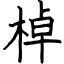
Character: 棹